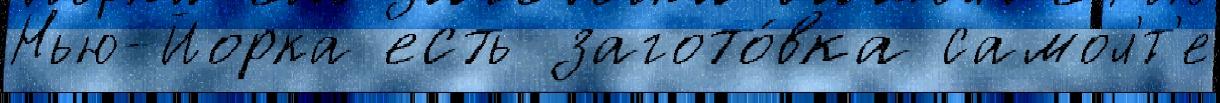
Нью-Йорка есть загото́вка самол'́т'е